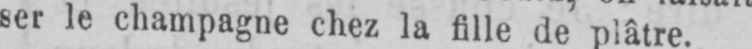
ser le champagne chez la fille de plâtre.